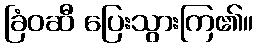
ခြံဝဆီ ပြေးသွားကြ၏။